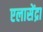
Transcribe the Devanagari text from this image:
एलासेंद्रा